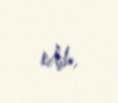
edib.